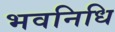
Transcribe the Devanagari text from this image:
भवनिधि